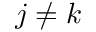
j \neq k